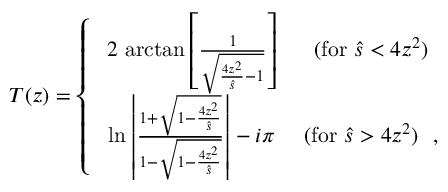
{ \cal T } ( z ) = \left\{ \begin{array} { c c } { { 2 \mathrm { ~ a r c t a n } \left[ \frac { 1 } { \sqrt { \frac { 4 z ^ { 2 } } { \hat { s } } - 1 } } \right] } } & { { ( \mathrm { f o r ~ } \hat { s } < 4 z ^ { 2 } ) } } \\ { { \mathrm { ~ l n } \left| \frac { 1 + \sqrt { 1 - \frac { 4 z ^ { 2 } } { \hat { s } } } } { 1 - \sqrt { 1 - \frac { 4 z ^ { 2 } } { \hat { s } } } } \right| - i \pi ~ } } & { { ( \mathrm { f o r ~ } \hat { s } > 4 z ^ { 2 } ) \ \ , } } \end{array} \right.